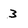
Character: 3